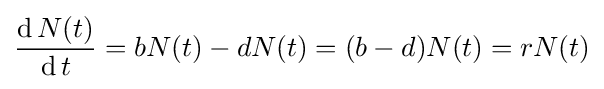
{\frac {\operatorname {d} N(t)}{\operatorname {d} t}}=bN(t)-dN(t)=(b-d)N(t)=rN(t)